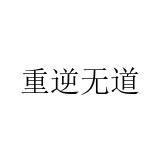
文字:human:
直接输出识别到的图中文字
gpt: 重逆无道